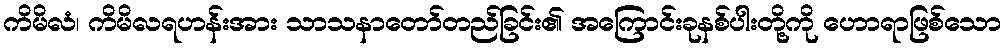
ကိမိလံ၊ ကိမိလရဟန်းအား သာသနာတော်တည်ခြင်း၏ အကြောင်းခုနစ်ပါးတို့ကို ဟောရာဖြစ်သော